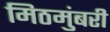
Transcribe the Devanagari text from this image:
मिठमुंबरी